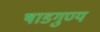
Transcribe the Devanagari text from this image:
षाडगुण्य